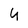
Character: 4